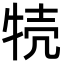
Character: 㸿